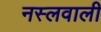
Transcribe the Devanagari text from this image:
नस्लवाली